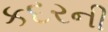
કદરની